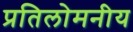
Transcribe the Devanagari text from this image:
प्रतिलोमनीय